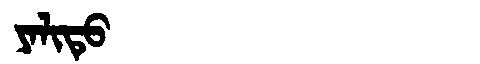
Manchu: ᠶᠠᠯᡳᡨᡠ
Romanization: YALITU